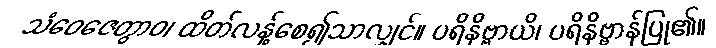
သံဝေဇေတွာဝ၊ ထိတ်လန့်စေ၍သာလျှင်။ ပရိနိဗ္ဗာယိ၊ ပရိနိဗ္ဗာန်ပြု၏။